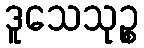
ဒူသေသုဉ္စ